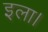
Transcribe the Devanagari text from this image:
इला।